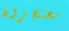
محتجزون